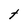
Character: t